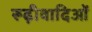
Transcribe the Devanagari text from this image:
रूढ़ीवादिओं